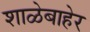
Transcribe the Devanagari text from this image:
शाळेबाहेर